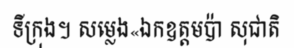
ទីក្រុង។ សម្លេង«ឯកឧត្តមប៉ា សុជាតិ